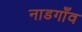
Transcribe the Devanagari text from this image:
नाडगाँव